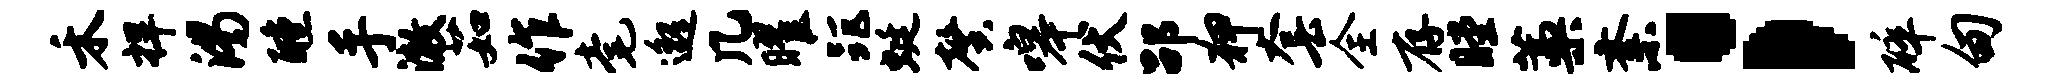
禾捍渴醺手澈茹作毫邈几曜距蜓馨嗥伏劭狎套全存瞠藁紊；碎甸